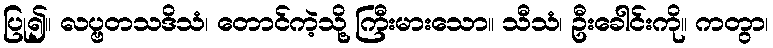
ပြု၍။ လပ္ဗတသဒိသံ၊ တောင်ကဲ့သို့ ကြီးမားသော။ သီသံ၊ ဦးခေါင်းကို။ ကတွာ၊